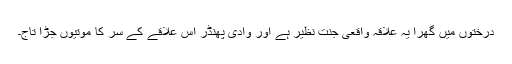
درختوں میں گھِرا یہ علاقہ واقعی جنت نظیر ہے اور وادی پھنڈر اس علاقے کے سر کا موتیوں جڑا تاج۔